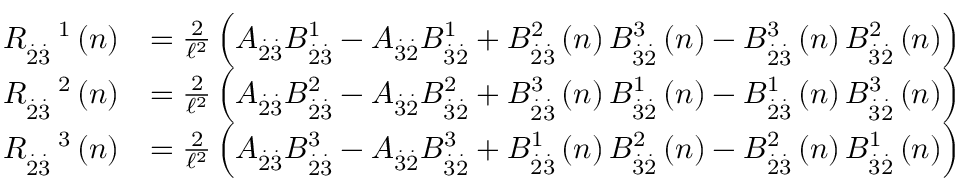
\begin{array} { r l } { R _ { \overset { . } { 2 } \overset { . } { 3 } } ^ { \quad 1 } \left( n \right) } & { = \frac { 2 } { \mathcal { \ell } ^ { 2 } } \left( A _ { \overset { . } { 2 } \overset { . } { 3 } } B _ { \overset { . } { 2 } \overset { . } { 3 } } ^ { 1 } - A _ { \overset { . } { 3 } \overset { . } { 2 } } B _ { \overset { . } { 3 } \overset { . } { 2 } } ^ { 1 } + B _ { \overset { . } { 2 } \overset { . } { 3 } } ^ { 2 } \left( n \right) B _ { \overset { . } { 3 } \overset { . } { 2 } } ^ { 3 } \left( n \right) - B _ { \overset { . } { 2 } \overset { . } { 3 } } ^ { 3 } \left( n \right) B _ { \overset { . } { 3 } \overset { . } { 2 } } ^ { 2 } \left( n \right) \right) } \\ { R _ { \overset { . } { 2 } \overset { . } { 3 } } ^ { \quad 2 } \left( n \right) } & { = \frac { 2 } { \mathcal { \ell } ^ { 2 } } \left( A _ { \overset { . } { 2 } \overset { . } { 3 } } B _ { \overset { . } { 2 } \overset { . } { 3 } } ^ { 2 } - A _ { \overset { . } { 3 } \overset { . } { 2 } } B _ { \overset { . } { 3 } \overset { . } { 2 } } ^ { 2 } + B _ { \overset { . } { 2 } \overset { . } { 3 } } ^ { 3 } \left( n \right) B _ { \overset { . } { 3 } \overset { . } { 2 } } ^ { 1 } \left( n \right) - B _ { \overset { . } { 2 } \overset { . } { 3 } } ^ { 1 } \left( n \right) B _ { \overset { . } { 3 } \overset { . } { 2 } } ^ { 3 } \left( n \right) \right) } \\ { R _ { \overset { . } { 2 } \overset { . } { 3 } } ^ { \quad 3 } \left( n \right) } & { = \frac { 2 } { \mathcal { \ell } ^ { 2 } } \left( A _ { \overset { . } { 2 } \overset { . } { 3 } } B _ { \overset { . } { 2 } \overset { . } { 3 } } ^ { 3 } - A _ { \overset { . } { 3 } \overset { . } { 2 } } B _ { \overset { . } { 3 } \overset { . } { 2 } } ^ { 3 } + B _ { \overset { . } { 2 } \overset { . } { 3 } } ^ { 1 } \left( n \right) B _ { \overset { . } { 3 } \overset { . } { 2 } } ^ { 2 } \left( n \right) - B _ { \overset { . } { 2 } \overset { . } { 3 } } ^ { 2 } \left( n \right) B _ { \overset { . } { 3 } \overset { . } { 2 } } ^ { 1 } \left( n \right) \right) } \end{array}